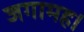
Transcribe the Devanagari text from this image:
जगामह।